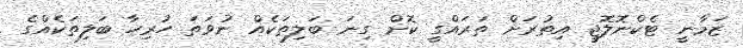
ޒަމާނީ ޓެކްނޮލޮޖީ އިތުރަށް ތަރައްގީ ކޮށް ގިނަ ބަލިތަކެއް ނުވަތަ ހުރިހާ ބަލިތަކެއްގެ